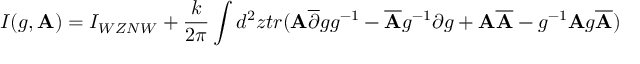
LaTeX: I ( g , { \bf A } ) = I _ { W Z N W } + \frac { k } { 2 \pi } \int d ^ { 2 } z t r ( { \bf A } \overline { { { \partial } } } g g ^ { - 1 } - \overline { { { { \bf A } } } } g ^ { - 1 } \partial g + { \bf A } \overline { { { { \bf A } } } } - g ^ { - 1 } { \bf A } g \overline { { { { \bf A } } } } )